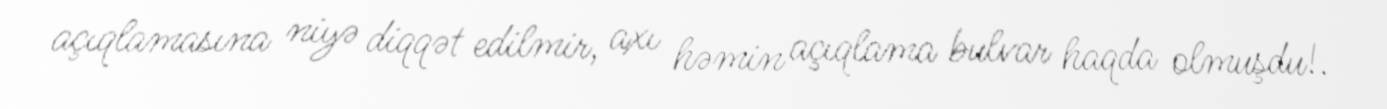
açıqlamasına niyə diqqət edilmir, axı həmin açıqlama bulvar haqda olmuşdu!.